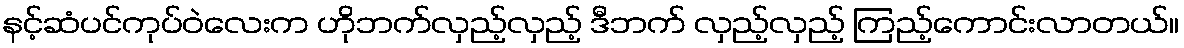
နင့်ဆံပင်ကုပ်ဝဲလေးက ဟိုဘက်လှည့်လှည့် ဒီဘက် လှည့်လှည့် ကြည့်ကောင်းလာတယ်။